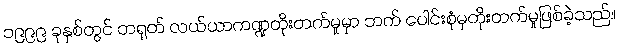
၁၉၉၉ ခုနှစ်တွင် တရုတ် လယ်ယာကဏ္ဍတိုးတက်မှုမှာ ဘက် ပေါင်းစုံမှတိုးတက်မှုဖြစ်ခဲ့သည်။